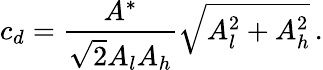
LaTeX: c_{d}=\frac{A^{*}}{\sqrt{2}A_{l}A_{h}}\sqrt{A_{l}^{2}+A_{h}^{2}}\, .